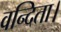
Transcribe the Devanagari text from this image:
वन्दिता।